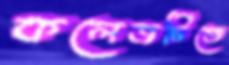
কলেজটিতে